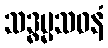
သဒ္ဓမ္မသဝနံ